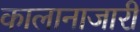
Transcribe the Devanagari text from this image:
कालानाजारी